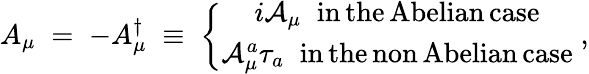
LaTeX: A_{\mu}\; =\; -A_{\mu}^{\dagger}\; \equiv\; \left\{ \begin{array}{c}{{i{\mathcal A}_{\mu}\; \; \mathrm{in\, the\, Abelian\, case}}}\\ {{{\mathcal A}_{\mu}^{a}\tau_{a}\; \; \mathrm{in\, the\, non\, Abelian\, case}}}\end{array}\right.\; ,